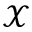
\mathcal { X }